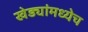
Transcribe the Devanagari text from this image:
खेड्यांमध्येच